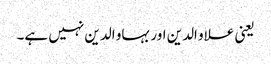
یعنی علاو الدین اور بہاو الدین نہیں ہے۔